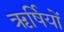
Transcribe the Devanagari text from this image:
ऋर्षियों